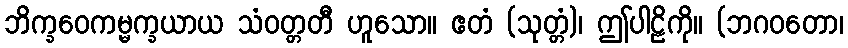
ဘိက္ခဝေကမ္မက္ခယာယ သံဝတ္တတီ ဟူသော။ ဧတံ (သုတ္တံ)၊ ဤပါဠိကို။ (ဘဂဝတော၊